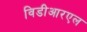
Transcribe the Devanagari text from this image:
विडीआरएल